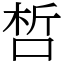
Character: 𠵍